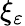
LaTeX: \xi_{\varepsilon}